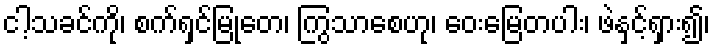
ငါ့သခင်ကို၊ စက်ရှင်မြုတေ၊ ကြွသာစေဟု၊ ဝေးမြေတပါး၊ ဖဲနှင့်ရှား၍၊